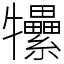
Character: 𤜖